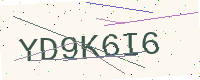
Text: YD9K6I6